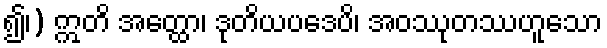
၍၊) ဣတိ အတ္ထော၊ ဒုတိယပဒေပိ၊ အဝဿုတဿဟူသော